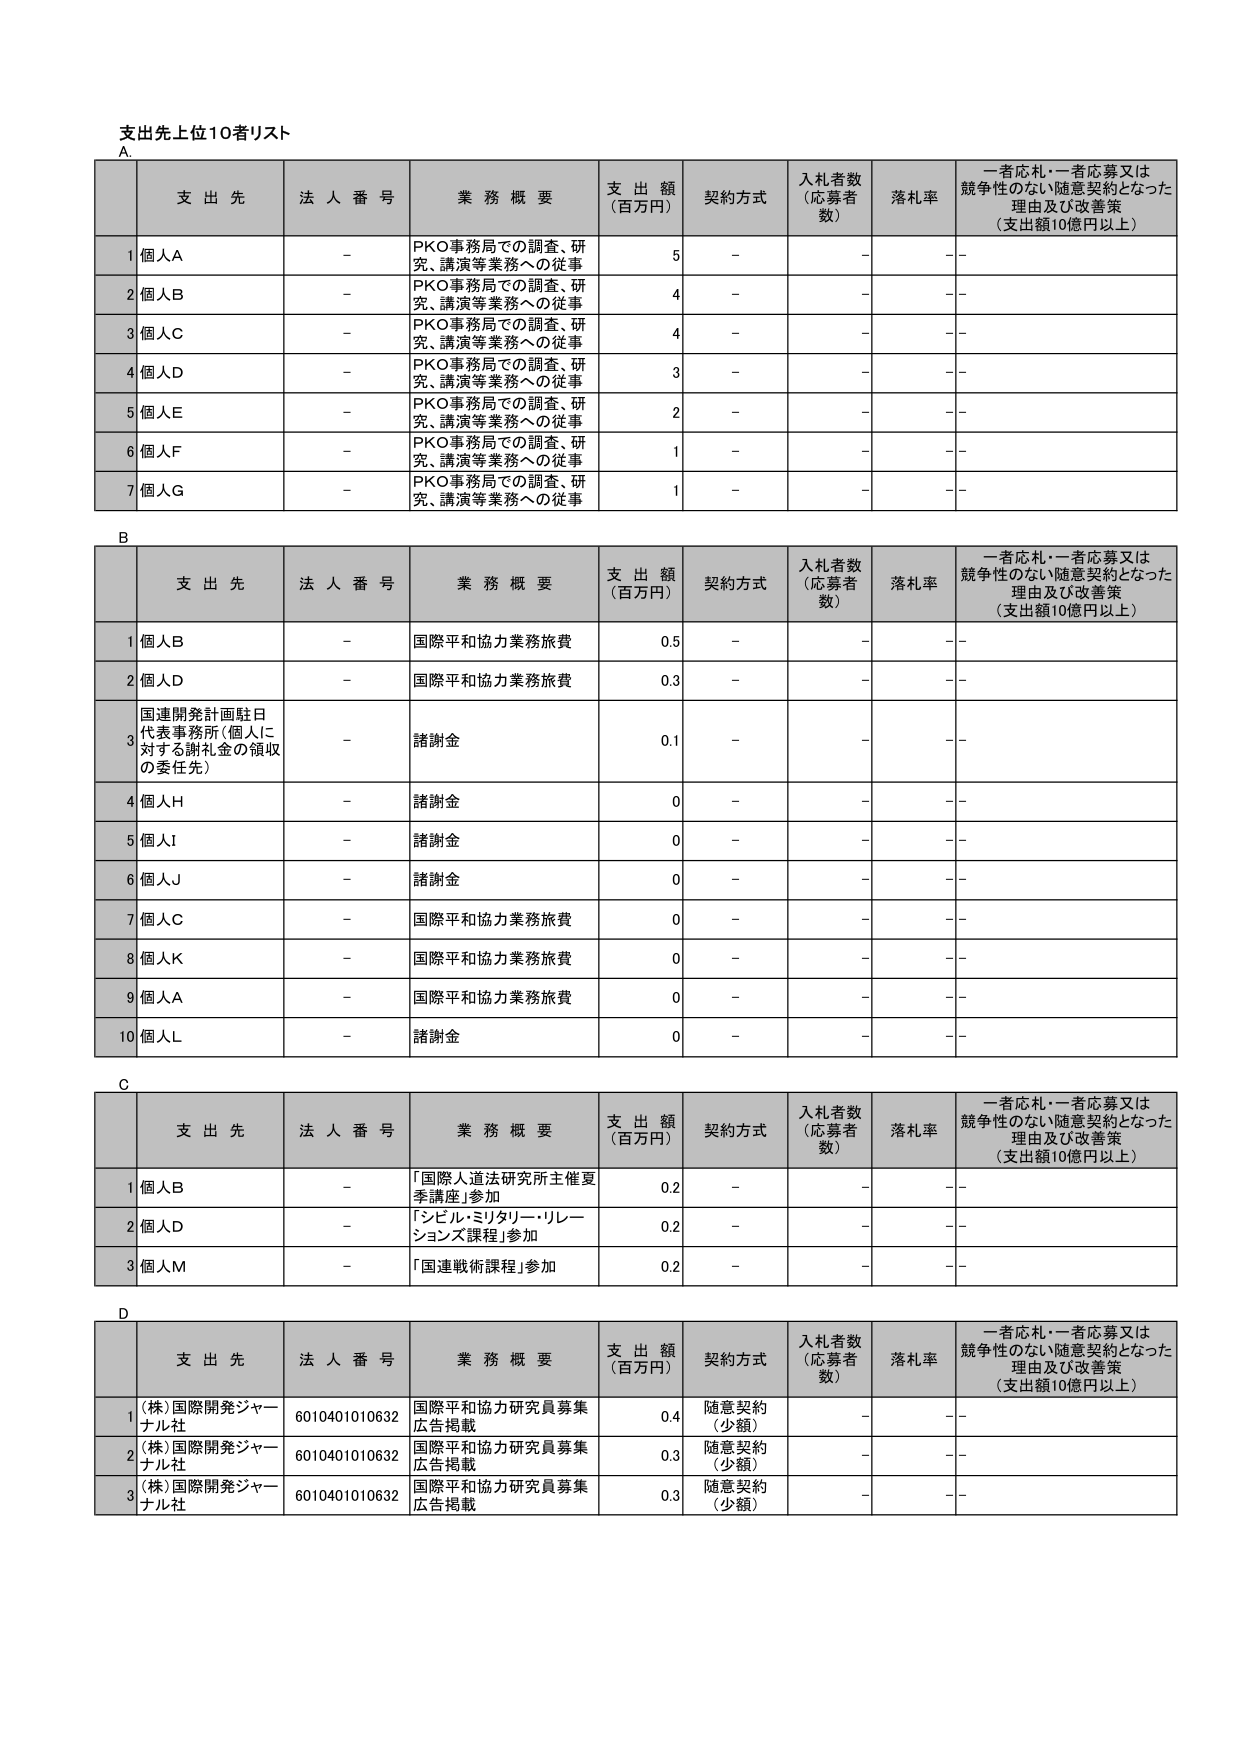
支出先上位10者リスト

A.
支 出 先 法 人 番 号 業 務 概 要 支 出 額 （百万円） 契約方式 入札者数 （応募者数） 落札率 一者応札・一者応募又は競争性のない随意契約となった理由及び改善策 （支出額10億円以上）
1 個人A - PKO事務局での調査、研究、講演等業務への従事 5 - - -
2 個人B - PKO事務局での調査、研究、講演等業務への従事 4 - - -
3 個人C - PKO事務局での調査、研究、講演等業務への従事 4 - - -
4 個人D - PKO事務局での調査、研究、講演等業務への従事 3 - - -
5 個人E - PKO事務局での調査、研究、講演等業務への従事 2 - - -
6 個人F - PKO事務局での調査、研究、講演等業務への従事 1 - - -
7 個人G - PKO事務局での調査、研究、講演等業務への従事 1 - - -

B
支 出 先 法 人 番 号 業 務 概 要 支 出 額 （百万円） 契約方式 入札者数 （応募者数） 落札率 一者応札・一者応募又は競争性のない随意契約となった理由及び改善策 （支出額10億円以上）
1 個人B - 国際平和協力業務旅費 0.5 - - -
2 個人D - 国際平和協力業務旅費 0.3 - - -
3 国連開発計画駐日代表事務所（個人に対する謝礼金の領収の委任先） - 諸謝金 0.1 - - -
4 個人H - 諸謝金 0 - - -
5 個人I - 諸謝金 0 - - -
6 個人J - 諸謝金 0 - - -
7 個人C - 国際平和協力業務旅費 0 - - -
8 個人K - 国際平和協力業務旅費 0 - - -
9 個人A - 国際平和協力業務旅費 0 - - -
10 個人L - 諸謝金 0 - - -

C
支 出 先 法 人 番 号 業 務 概 要 支 出 額 （百万円） 契約方式 入札者数 （応募者数） 落札率 一者応札・一者応募又は競争性のない随意契約となった理由及び改善策 （支出額10億円以上）
1 個人B - 「国際人道法研究所主催夏季講座」参加 0.2 - - -
2 個人D - 「シビル・ミリタリー・リレーションズ課程」参加 0.2 - - -
3 個人M - 「国連戦術課程」参加 0.2 - - -

D
支 出 先 法 人 番 号 業 務 概 要 支 出 額 （百万円） 契約方式 入札者数 （応募者数） 落札率 一者応札・一者応募又は競争性のない随意契約となった理由及び改善策 （支出額10億円以上）
1 (株)国際開発ジャーナル社 6010401010632 国際平和協力研究員募集広告掲載 0.4 随意契約（少額） - -
2 (株)国際開発ジャーナル社 6010401010632 国際平和協力研究員募集広告掲載 0.3 随意契約（少額） - -
3 (株)国際開発ジャーナル社 6010401010632 国際平和協力研究員募集広告掲載 0.3 随意契約（少額） - -